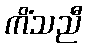
ကိံသညီ